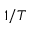
1 / T